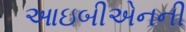
આઇબીએનની